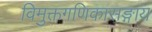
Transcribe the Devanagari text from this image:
विमुक्तगणिकासङ्गाय